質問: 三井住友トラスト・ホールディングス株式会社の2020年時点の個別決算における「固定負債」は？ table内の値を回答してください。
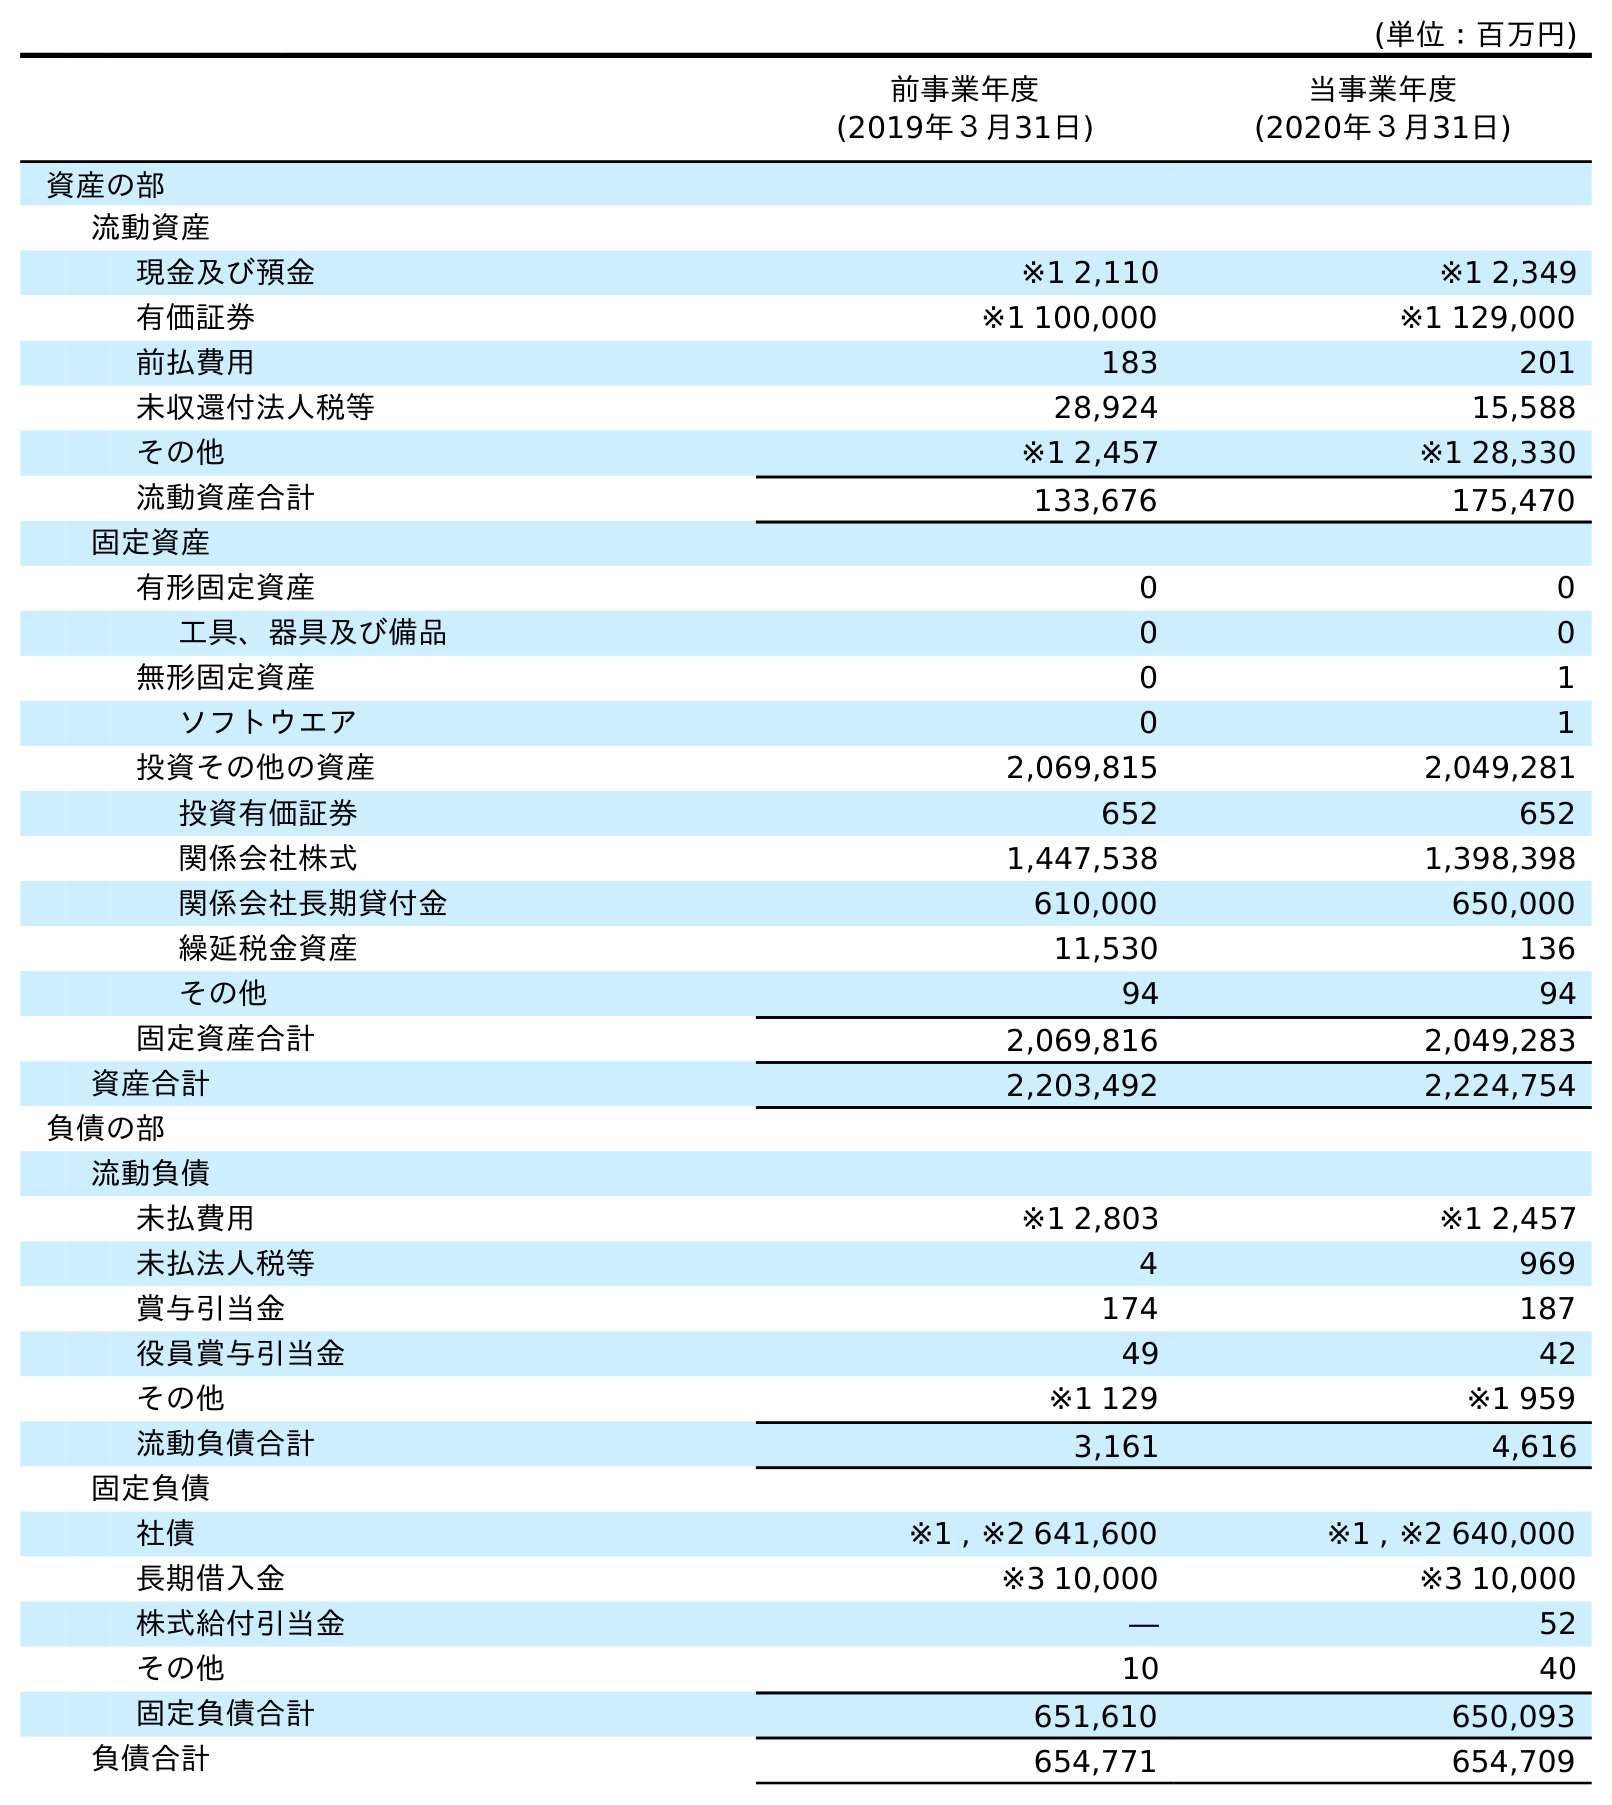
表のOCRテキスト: (単位：百万円) 前事業年度 (2019年３月31日) 当事業年度 (2020年３月31日) 資産の部 流動資産 現金及び預金 ※1 2,110 ※1 2,349 有価証券 ※1 100,000 ※1 129,000 前払費用 183 201 未収還付法人税等 28,924 15,588 その他 ※1 2,457 ※1 28,330 流動資産合計 133,676 175,470 固定資産 有形固定資産 0 0 工具、器具及び備品 0 0 無形固定資産 0 1 ソフトウエア 0 1 投資その他の資産 2,069,815 2,049,281 投資有価証券 652 652 関係会社株式 1,447,538 1,398,398 関係会社長期貸付金 610,000 650,000 繰延税金資産 11,530 136 その他 94 94 固定資産合計 2,069,816 2,049,283 資産合計 2,203,492 2,224,754 負債の部 流動負債 未払費用 ※1 2,803 ※1 2,457 未払法人税等 4 969 賞与引当金 174 187 役員賞与引当金 49 42 その他 ※1 129 ※1 959 流動負債合計 3,161 4,616 固定負債 社債 ※1 , ※2 641,600 ※1 , ※2 640,000 長期借入金 ※3 10,000 ※3 10,000 株式給付引当金 ― 52 その他 10 40 固定負債合計 651,610 650,093 負債合計 654,771 654,709
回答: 650,093